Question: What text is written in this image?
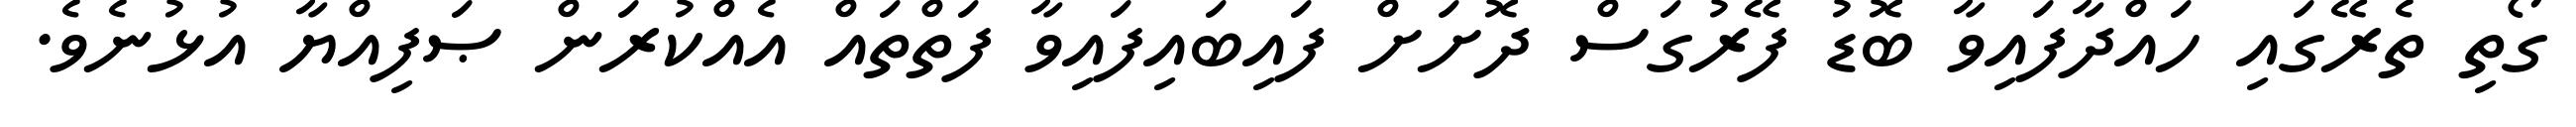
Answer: ގޯތި ތެރޭގައި ހައްދާފައިވާ ބޮޑު ފޭރުގަސް ދޮށަށް ފައިބައިފައިވާ ފަތްތައް އެއްކުރަން ޞަފިއްޔާ އުޅުނެވެ.